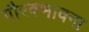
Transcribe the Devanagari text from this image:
गौरवभावना